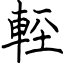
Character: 䡖